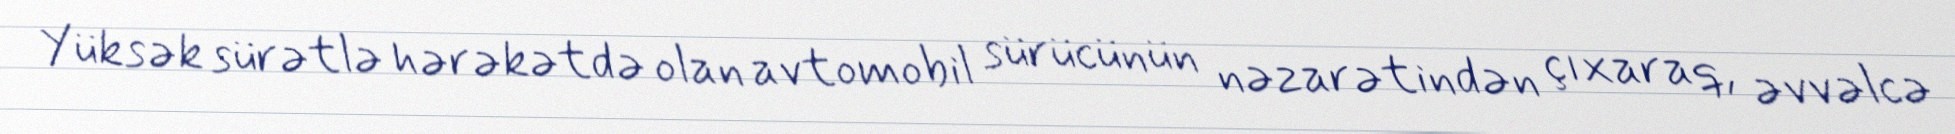
Yüksək sürətlə hərəkətdə olan avtomobil sürücünün nəzarətindən çıxaraq, əvvəlcə